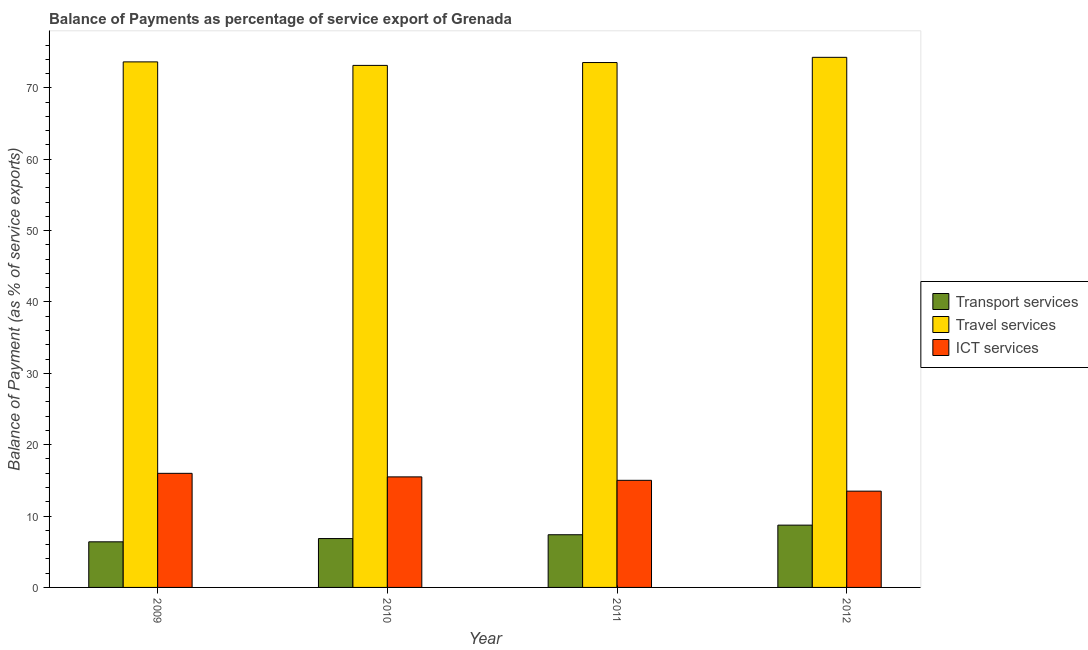
| Year | Transport services | Travel services | ICT services |
 | --- | --- | --- | --- |
 | 2009 | 6.39 | 73.6 | 16 |
 | 2010 | 6.85 | 73.1 | 15.5 |
 | 2011 | 7.38 | 73.5 | 15 |
 | 2012 | 8.73 | 74.3 | 13.5 |